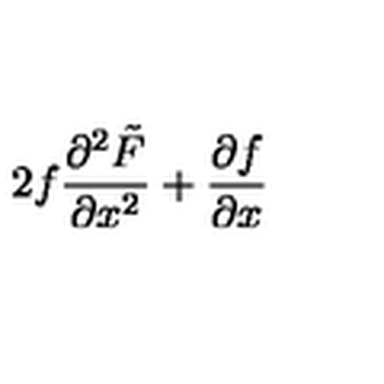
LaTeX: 2 f \frac { \partial ^ { 2 } \tilde { F } } { \partial x ^ { 2 } } + \frac { \partial f } { \partial x }